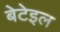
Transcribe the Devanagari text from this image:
बेटेइल